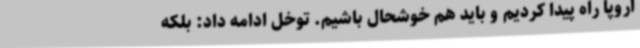
اروپا راه پیدا کردیم و باید هم خوشحال باشیم. توخل ادامه داد: بلکه